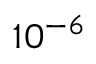
1 0 ^ { - 6 }